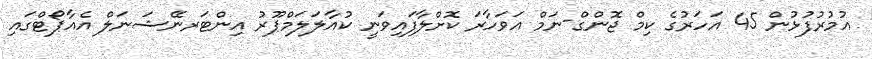
އުމުރުފުޅުން 45 އަހަރުގެ ކިމް ޖޮންގް-ނަމް އަވަހާރަ ކޮށްލާފައިވަނީ ކުއާލަލަމްޕޫރު އިންޓަރނޭޝަނަލް އެއާޕޯޓްގައި